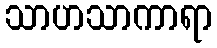
သာဟသာကာရာ